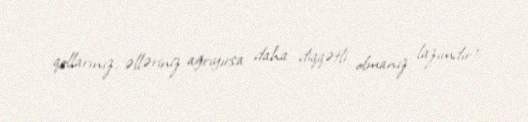
qollarınız, əlləriniz ağrıyırsa daha diqqətli olmanız lazımdır!.